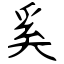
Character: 奚